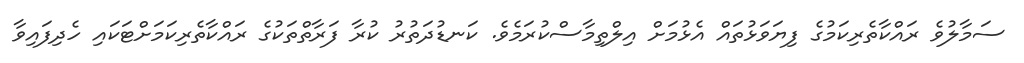
ސަމާލުވެ ރައްކާތެރިކަމުގެ ފިޔަވަޅުތައް އެޅުމަށް އިލްތިމާސްކުރަމެވެ. ކަނޑުދަތުރު ކުރާ ފަރާތްތަކުގެ ރައްކާތެރިކަމަށްޓަކައި ހެދިފައިވާ